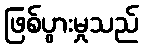
ဖြစ်ပွားမှုသည်